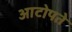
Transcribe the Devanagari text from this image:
आटोपते